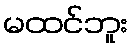
မထင်ဘူး